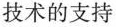
技术的支持